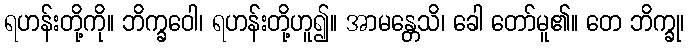
ရဟန်းတို့ကို။ ဘိက္ခဝေါ၊ ရဟန်းတို့ဟူ၍။ အာမန္တေသိ၊ ခေါ တော်မူ၏။ တေ ဘိက္ခု၊